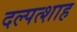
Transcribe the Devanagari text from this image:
दल्पत्शाह